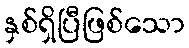
နှစ်ရှိပြီဖြစ်သော